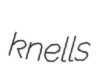
knells